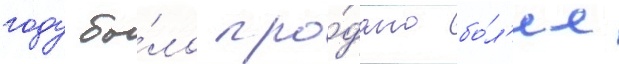
году бы́ло про́дано бо́л'ее